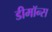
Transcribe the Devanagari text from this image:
डीमॉन्स